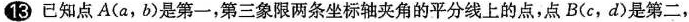
13已知点A(a，b)是第一，第三象限两条坐标轴夹角的平分线上的点，点B(c，d)是第二，